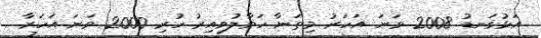
އަޅުގަނޑު 2008 ވަނަ އަހަރު މިތަނާ ހަވާލުވިއިރު ހުރި 2000 ވަނަ އަހަރާ